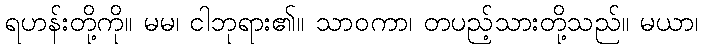
ရဟန်းတို့ကို။ မမ၊ ငါဘုရား၏။ သာဝကာ၊ တပည့်သားတို့သည်။ မယာ၊